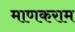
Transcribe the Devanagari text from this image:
माणकराम